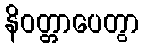
နိဝတ္တာပေတွာ